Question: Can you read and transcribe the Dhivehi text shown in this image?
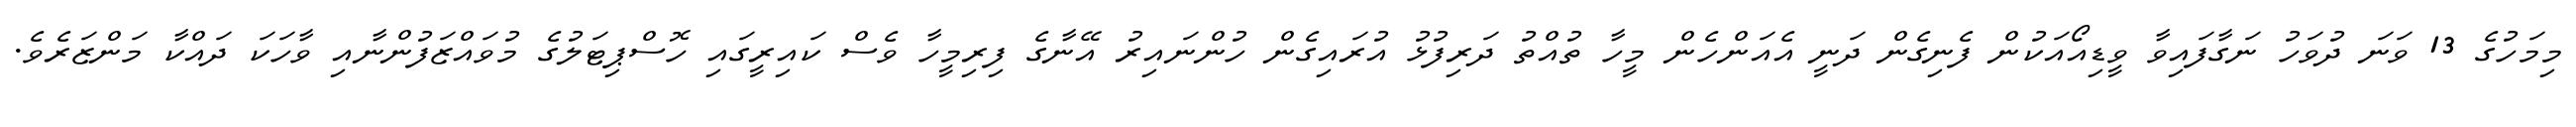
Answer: މިމަހުގެ 13 ވަނަ ދުވަހު ނަގާފައިވާ ވީޑިއޯއަކުން ފެނިގެން ދަނީ އެއަންހެން މީހާ ތުއްތު ދަރިފުޅު އުރައިގެން ހުންނައިރު އޭނާގެ ފިރިމީހާ ވެސް ކައިރީގައި ހޮސްޕިޓަލުގެ މުވައްޒަފުންނާއި ވާހަކަ ދައްކާ މަންޒަރެވެ.